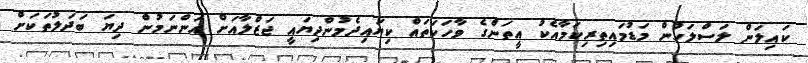
ކައިލަން ލަސްލަހުން މަޑުމައިތިރިކަމާއެކު އީތަންގެ ވާހަކަތައް ކިޔައިދެމުންދިޔައީ ޖަޒްލާއަށް އަންނަމުން ދިޔަ ބަދަލުތަކަށް